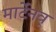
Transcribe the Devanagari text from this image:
मार्टेनव्